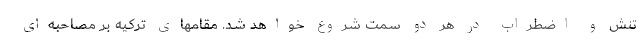
تنش و اضطراب در هر دو سمت شروع خواهد شد. مقامهای ترکیه بر مصاحبه‌ای